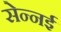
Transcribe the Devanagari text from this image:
सेन्नई